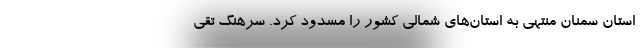
استان سمنان منتهی به استان‌های شمالی کشور را مسدود کرد. سرهنگ تقی